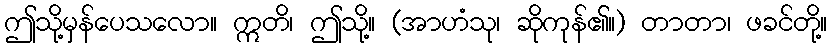
ဤသို့မှန်ပေသလော။ ဣတိ၊ ဤသို့။ (အာဟံသု၊ ဆိုကုန်၏။) တာတာ၊ ဖခင်တို့။